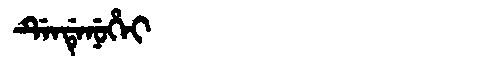
Manchu: ᡩᡝᠨᡩᡝᠨᡠᡥᡝᡳ
Romanization: DENDENUHEI